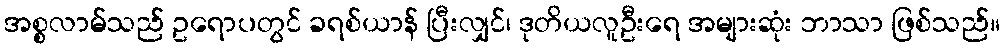
အစ္စလာမ်သည် ဥရောပတွင် ခရစ်ယာန် ပြီးလျှင်၊ ဒုတိယလူဦးရေ အများဆုံး ဘာသာ ဖြစ်သည်။